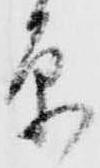
原